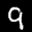
Label: 9